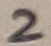
Text: 2